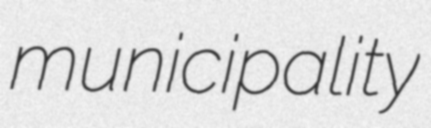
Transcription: municipality